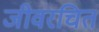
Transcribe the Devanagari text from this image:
जीवरचित